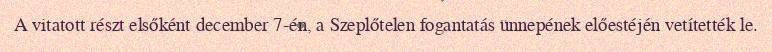
A vitatott részt elsőként december 7-én, a Szeplőtelen fogantatás ünnepének előestéjén vetítették le.